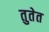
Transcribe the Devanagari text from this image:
तुतेत